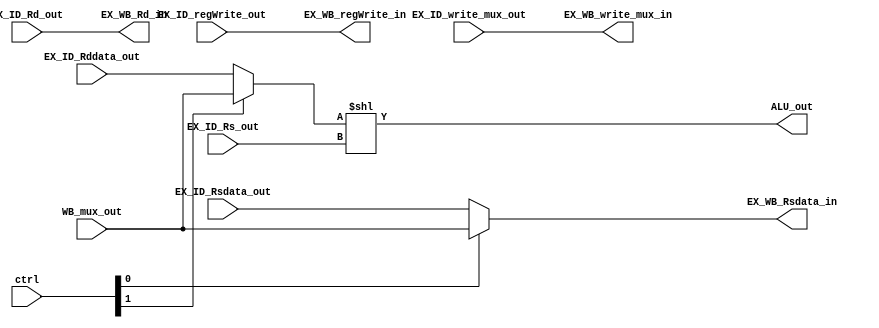
module execution_unit(input [7:0] EX_ID_Rsdata_out,EX_ID_Rddata_out,
  input [2:0] EX_ID_Rs_out,EX_ID_Rd_out,
  input EX_ID_write_mux_out,EX_ID_regWrite_out,
  input [1:0] ctrl,
  input [7:0] WB_mux_out,
  output [7:0] ALU_out,
  output [7:0] EX_WB_Rsdata_in,
  output [2:0] EX_WB_Rd_in,
  output EX_WB_write_mux_in,EX_WB_regWrite_in
   );
   
   wire [7:0] Rddata_alu;
   
   
   assign EX_WB_Rd_in = EX_ID_Rd_out;
   assign {EX_WB_write_mux_in,EX_WB_regWrite_in} = {EX_ID_write_mux_out,EX_ID_regWrite_out};
   
   assign EX_WB_Rsdata_in = (ctrl[0]) ? WB_mux_out : EX_ID_Rsdata_out;
   
   assign Rddata_alu = (ctrl[1]) ? WB_mux_out : EX_ID_Rddata_out;
   
   assign ALU_out = Rddata_alu << EX_ID_Rs_out;
   
 endmodule